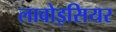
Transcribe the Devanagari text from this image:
लावोइसियर